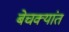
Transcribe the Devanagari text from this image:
बेचक्यांत